Vaccination in the Punjab 1883-1896 - 1883-1896
Year: 1883
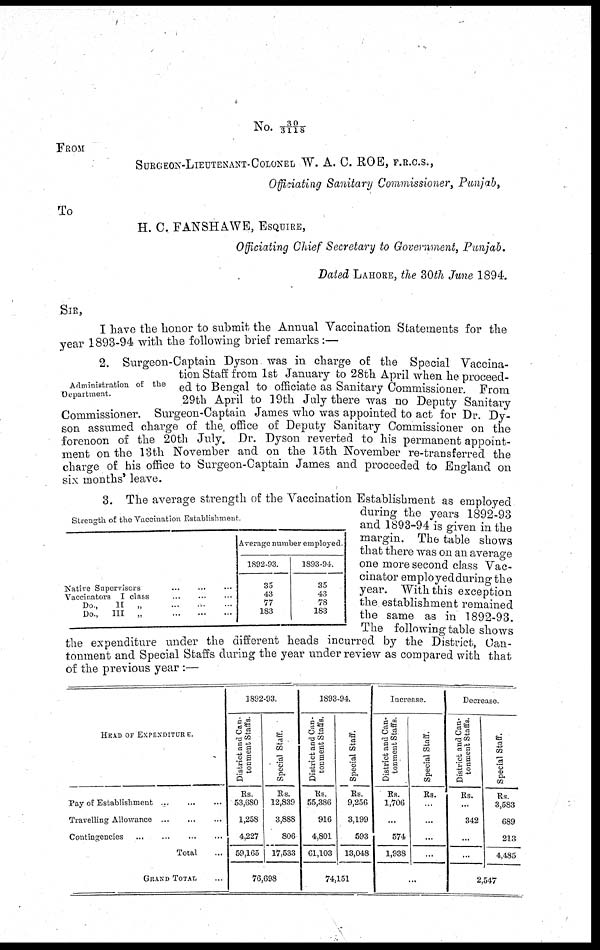
NO. 30/3118
FROM
SURGEON-LIEUTENANT-COLONEL W. A. C. ROE, F.R.C.S.,
Officiating Sanitary Commissioner, Punjab,
To
H. C. FANSHAWE, ESQUIRE,
Officiating Chief Secretary to Government, Punjab.
Dated LAHORE, the 30th June 1894.
SIR,
I have the honor to submit the Annual Vaccination Statements for the
year 1893-94 with the following brief remarks :—
Administration of the
Department.
2. Surgeon-Captain Dyson was in charge of the Special Vaccina-
tion Staff from 1st January to 28th April when he proceed-
ed to Bengal to officiate as Sanitary Commissioner. From
29th April to 19th July there was no Deputy Sanitary
Commissioner. Surgeon-Captain James who was appointed to act for Dr. Dy-
son assumed charge of the office of Deputy Sanitary Commissioner on the
forenoon of the 20th July. Dr. Dyson reverted to his permanent appoint-
ment on the 13th November and on the 15th November re-transferred the
charge of his office to Surgeon-Captain James and proceeded to England on
six months' leave.
Strength of the Vaccination Establishment.
Native Supervisors ... ... ...
Vaccinators I class ... ... ...
Do.,
II
„ ... ... ...
Do.,
III
„
...
...
...
Average number employed.
1892-93.
35
43
77
183
1893-94.
35
43
78
183
3. The average strength of the Vaccination Establishment as employed
during the years 1892-93
and 1893-94 is given in the
margin. The table shows
that there was on an average
one more second class Vac-
cinator employed during the
year. With this exception
the establishment remained
the same as in 1892-93.
The following table shows
the expenditure under the different heads incurred by the District, Can-
tonment and Special Staffs during the year under review as compared with that
of the previous year :—
HEAD OF EXPENDITURE.
Pay of Establishment
...
...
...
Travelling Allowance
...
...
...
Contingencies ... ... ... ...
Total ...
GRAND TOTAL ...
1892-93.
District and Can-
tonment Staffs.
Rs.
53,680
1,258
4,227
59,165
Special Staff.
Rs.
12,839
3,888
806
17,533
76,698
1893-94.
District and Can-
tonment Staffs.
Rs.
55,386
916
4,801
61,103
Special Staff.
Rs.
9,256
3,199
593
13,048
74,151
Increase.
District and Can-
tonment Staffs.
Rs.
1,706
...
574
1,938
Special Staff.
Rs.
...
...
...
...
...
Decrease.
District and Can-
tonment Staffs.
Rs.
...
342
...
...
Special Staff.
Rs.
3,583
689
213
4,485
2,547